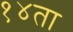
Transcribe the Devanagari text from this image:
१४ता